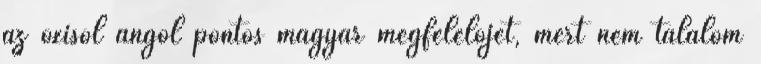
az oxisol angol pontos magyar megfelelőjét, mert nem találom